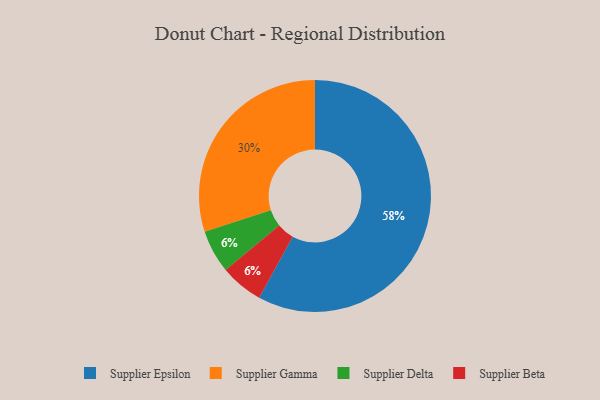
{"axis": {"x": "Category", "y": "Percentage"}, "legend": ["Supplier Beta", "Supplier Delta", "Supplier Epsilon", "Supplier Gamma"], "data": [{"x": "Supplier Delta", "y": 6, "type": "Supplier Delta"}, {"x": "Supplier Gamma", "y": 30, "type": "Supplier Gamma"}, {"x": "Supplier Epsilon", "y": 58, "type": "Supplier Epsilon"}, {"x": "Supplier Beta", "y": 6, "type": "Supplier Beta"}]}